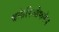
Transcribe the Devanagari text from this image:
बक्तेरिओफगेस